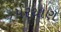
પરથાણ